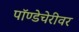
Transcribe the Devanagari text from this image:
पॉण्डेचेरीवर